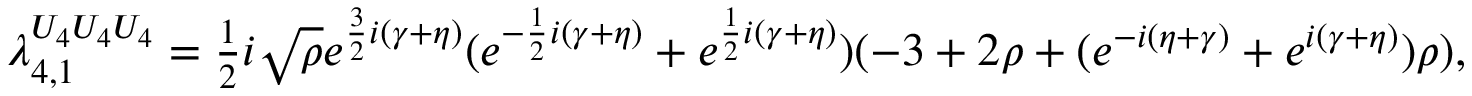
\begin{array} { r } { \lambda _ { 4 , 1 } ^ { U _ { 4 } U _ { 4 } U _ { 4 } } = \frac { 1 } { 2 } i \sqrt { \rho } e ^ { \frac { 3 } { 2 } i ( \gamma + \eta ) } ( e ^ { - \frac { 1 } { 2 } i ( \gamma + \eta ) } + e ^ { \frac { 1 } { 2 } i ( \gamma + \eta ) } ) ( - 3 + 2 \rho + ( e ^ { - i ( \eta + \gamma ) } + e ^ { i ( \gamma + \eta ) } ) \rho ) , } \end{array}